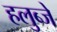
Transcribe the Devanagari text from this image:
हलुब्जे